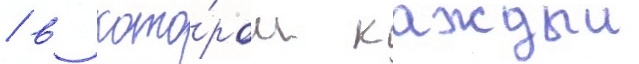
/ в кото́ром каждыи